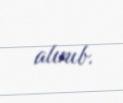
alınıb.